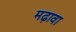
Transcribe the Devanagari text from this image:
मढ़ावा